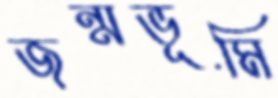
জন্মভূমি